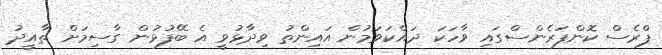
ޕްރެސް ކޮންފަރެންސްގައި ވާހަކަ ދައްކަވަމުން އައިންތު ވިދާޅުވީ އެ ބޭފުޅުން ގާސިމަށް ތާއީދު